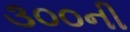
૩૦૦ની